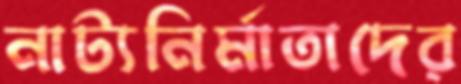
নাট্যনির্মাতাদের